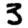
Digit: 3